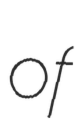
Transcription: of